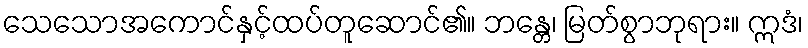
သေသောအကောင်နှင့်ထပ်တူဆောင်၏။ ဘန္တေ၊ မြတ်စွာဘုရား။ ဣဒံ၊